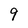
Character: 9